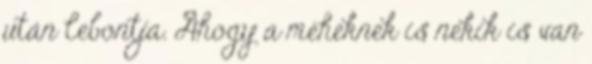
után lebontja. Ahogy a méheknek is nekik is van